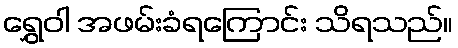
ရွှေဝါ အဖမ်းခံရကြောင်း သိရသည်။